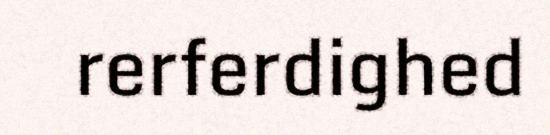
rerferdighed